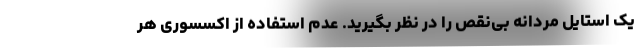
یک استایل مردانه بی‌نقص را در نظر بگیرید. عدم استفاده از اکسسوری هر